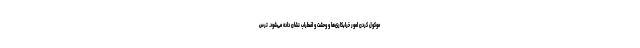
موکول کردن امور خرابکاری‌ها و وحشت و اضطراب نشان داده می‌شود. ترس